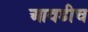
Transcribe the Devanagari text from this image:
आवडीच